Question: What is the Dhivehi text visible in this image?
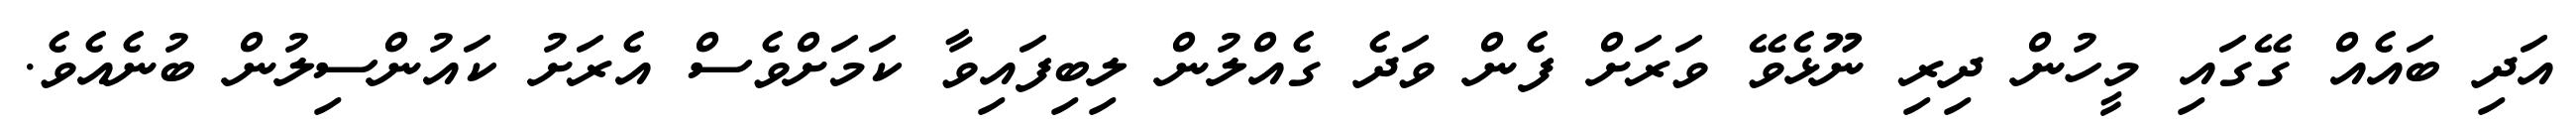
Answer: އަދި ބައެއް ގޭގައި މީހުން ދިރި ނޫޅެވޭ ވަރަށް ފެން ވަދެ ގެއްލުން ލިބިފައިވާ ކަމަށްވެސް އެރަށު ކައުންސިލުން ބުނެއެވެ.